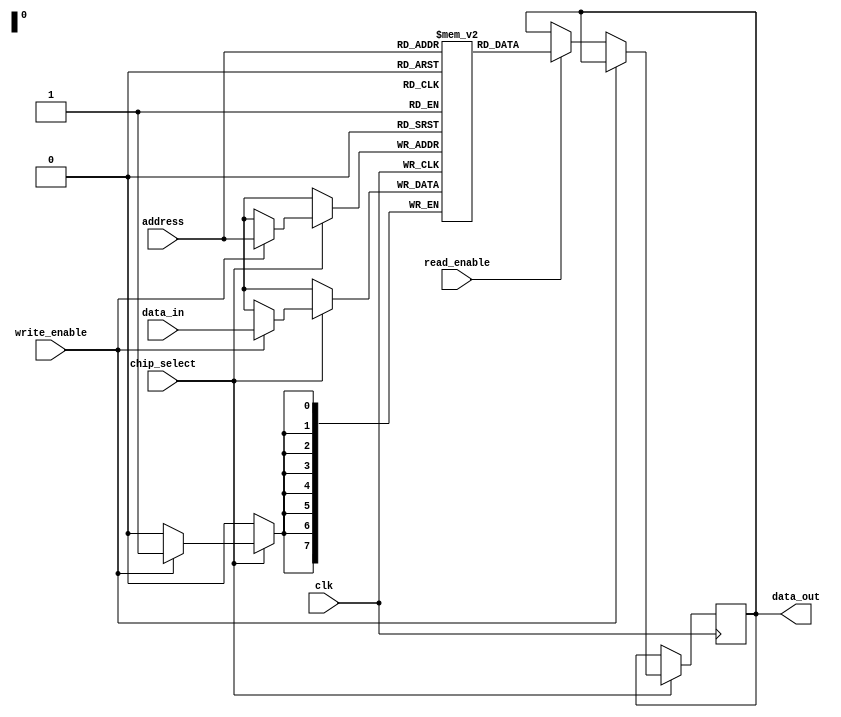
module mram_io_block #(
    parameter DATA_WIDTH = 8,     // Width of data bus
    parameter ADDRESS_WIDTH = 8    // Width of address bus
)(
    input wire clk,                // Clock signal
    input wire chip_select,        // Chip select signal
    input wire read_enable,        // Read enable signal
    input wire write_enable,       // Write enable signal
    input wire [ADDRESS_WIDTH-1:0] address, // Address bus
    input wire [DATA_WIDTH-1:0] data_in,    // Input data bus
    output reg [DATA_WIDTH-1:0] data_out      // Output data bus
);

    // Memory array declaration
    reg [DATA_WIDTH-1:0] memory [(1 << ADDRESS_WIDTH)-1:0];

    // Internal signals
    reg [DATA_WIDTH-1:0] data_latch; // Data latch for write operations

    // Control logic for read and write operations
    always @(posedge clk) begin
        if (chip_select) begin
            if (write_enable) begin
                // Write operation
                memory[address] <= data_in; // Write data to memory
                data_latch <= data_in;       // Latch the data
            end else if (read_enable) begin
                // Read operation
                data_out <= memory[address];  // Read data from memory
            end
        end
    end

    // Optional: Error detection (parity checking example)
    // Assuming even parity for simplicity
    wire parity_out;
    assign parity_out = ^data_out; // Parity bit for output data

    // Power management and idle state can be implemented here
    // To minimize power consumption, you can add logic to disable the memory during idle states

endmodule